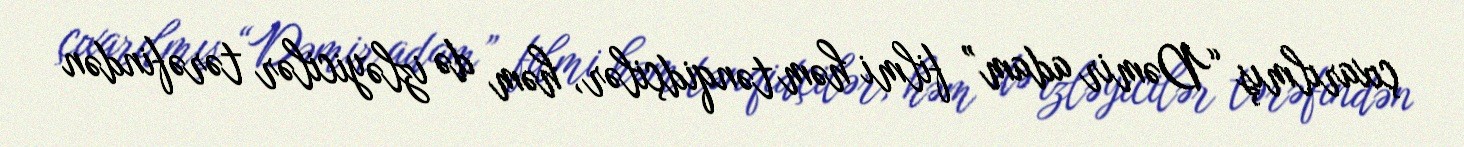
çıxarılmış “Dəmir adam” filmi həm tənqidçilər, həm də izləyicilər tərəfindən